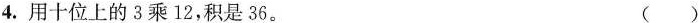
4.用十位上的3乘12，积是36。 ( )